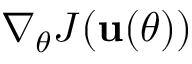
\nabla _ { \theta } J ( \mathbf { u } ( \theta ) )